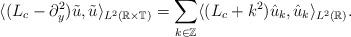
LaTeX: \begin{align*}\langle (L_c - \partial_y^2) \tilde{u}, \tilde{u} \rangle_{L^2(\mathbb{R} \times \mathbb{T})} =\sum_{k\in \mathbb{Z}} \langle (L_c + k^2) \hat{u}_k, \hat{u}_k \rangle_{L^2(\mathbb{R})}.\end{align*}